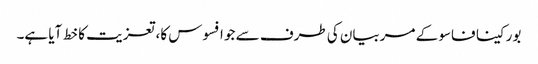
بورکینا فاسو کے مربیان کی طرف سے جو افسوس کا، تعزیت کا خط آیا ہے۔